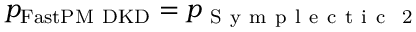
p _ { \mathrm { F a s t P M \ D K D } } = p _ { \mathrm { ~ S ~ y ~ m ~ p ~ l ~ e ~ c ~ t ~ i ~ c ~ \ 2 ~ } }